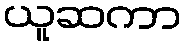
ယူဆကာ